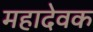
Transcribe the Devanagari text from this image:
महादेवक